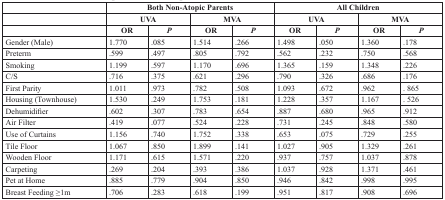
<table><thead><tr><td></td><td colspan="4"><b>Both Non-Atopic Parents</b></td><td colspan="4"><b>All Children</b></td></tr><tr><td></td><td colspan="2"><b>UVA</b></td><td colspan="2"><b>MVA</b></td><td colspan="2"><b>UVA</b></td><td colspan="2"><b>MVA</b></td></tr><tr><td></td><td><b>OR</b></td><td><b><i>P</i></b></td><td><b>OR</b></td><td><b><i>P</i></b></td><td><b>OR</b></td><td><b><i>P</i></b></td><td><b>OR</b></td><td><b><i>P</i></b></td></tr></thead><tbody><tr><td>Gender (Male)</td><td>1.770</td><td>.085</td><td>1.514</td><td>.266</td><td>1.498</td><td>.050</td><td>1.360</td><td>.178</td></tr><tr><td>Preterm</td><td>.599</td><td>.497</td><td>.805</td><td>.792</td><td>.562</td><td>.232</td><td>.750</td><td>.568</td></tr><tr><td>Smoking</td><td>1.199</td><td>.597</td><td>1.170</td><td>.696</td><td>1.365</td><td>.159</td><td>1.348</td><td>.226</td></tr><tr><td>C/S</td><td>.716</td><td>.375</td><td>.621</td><td>.296</td><td>.790</td><td>.326</td><td>.686</td><td>.176</td></tr><tr><td>First Parity</td><td>1.011</td><td>.973</td><td>.782</td><td>.508</td><td>1.093</td><td>.672</td><td>.962</td><td>. 865</td></tr><tr><td>Housing (Townhouse)</td><td>1.530</td><td>.249</td><td>1.753</td><td>.181</td><td>1.228</td><td>.357</td><td>1.167</td><td>. 526</td></tr><tr><td>Dehumidifier</td><td>.602</td><td>.307</td><td>.783</td><td>.654</td><td>.887</td><td>.680</td><td>.965</td><td>.912</td></tr><tr><td>Air Filter</td><td>.419</td><td>.077</td><td>.524</td><td>.228</td><td>.731</td><td>.245</td><td>.848</td><td>.580</td></tr><tr><td>Use of Curtains</td><td>1.156</td><td>.740</td><td>1.752</td><td>.338</td><td>.653</td><td>.075</td><td>.729</td><td>.255</td></tr><tr><td>Tile Floor</td><td>1.067</td><td>.850</td><td>1.899</td><td>.141</td><td>1.027</td><td>.905</td><td>1.329</td><td>.261</td></tr><tr><td>Wooden Floor</td><td>1.171</td><td>.615</td><td>1.571</td><td>.220</td><td>.937</td><td>.757</td><td>1.037</td><td>.878</td></tr><tr><td>Carpeting</td><td>.269</td><td>.204</td><td>.393</td><td>.386</td><td>1.037</td><td>.928</td><td>1.371</td><td>.461</td></tr><tr><td>Pet at Home</td><td>.885</td><td>.779</td><td>.904</td><td>.850</td><td>.946</td><td>.842</td><td>.998</td><td>.995</td></tr><tr><td>Breast Feeding ≥1m</td><td>.706</td><td>.283</td><td>.618</td><td>.199</td><td>.951</td><td>.817</td><td>.908</td><td>.696</td></tr></tbody></table>